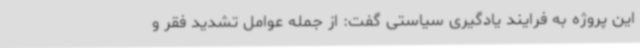
این پروژه به فرایند یادگیری سیاستی گفت: از جمله عوامل تشدید فقر و